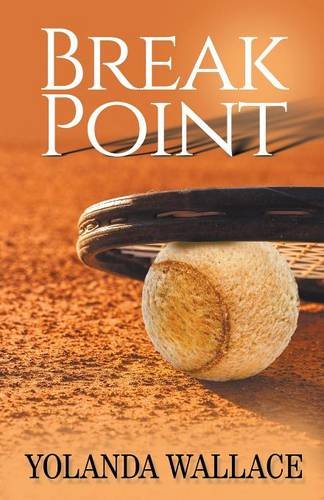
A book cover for Break Point; Yolanda Wallace; Romance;